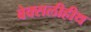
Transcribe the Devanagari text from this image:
बेक्सलीहीथ